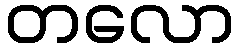
တလော